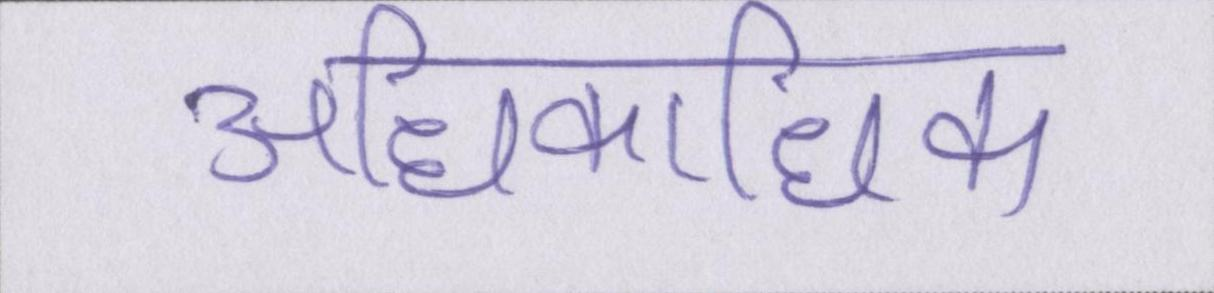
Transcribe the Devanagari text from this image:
अधिकाधिक